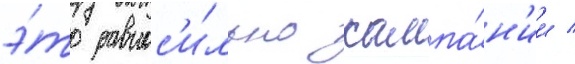
э́то равнос'и́льно кампа́н'ии /